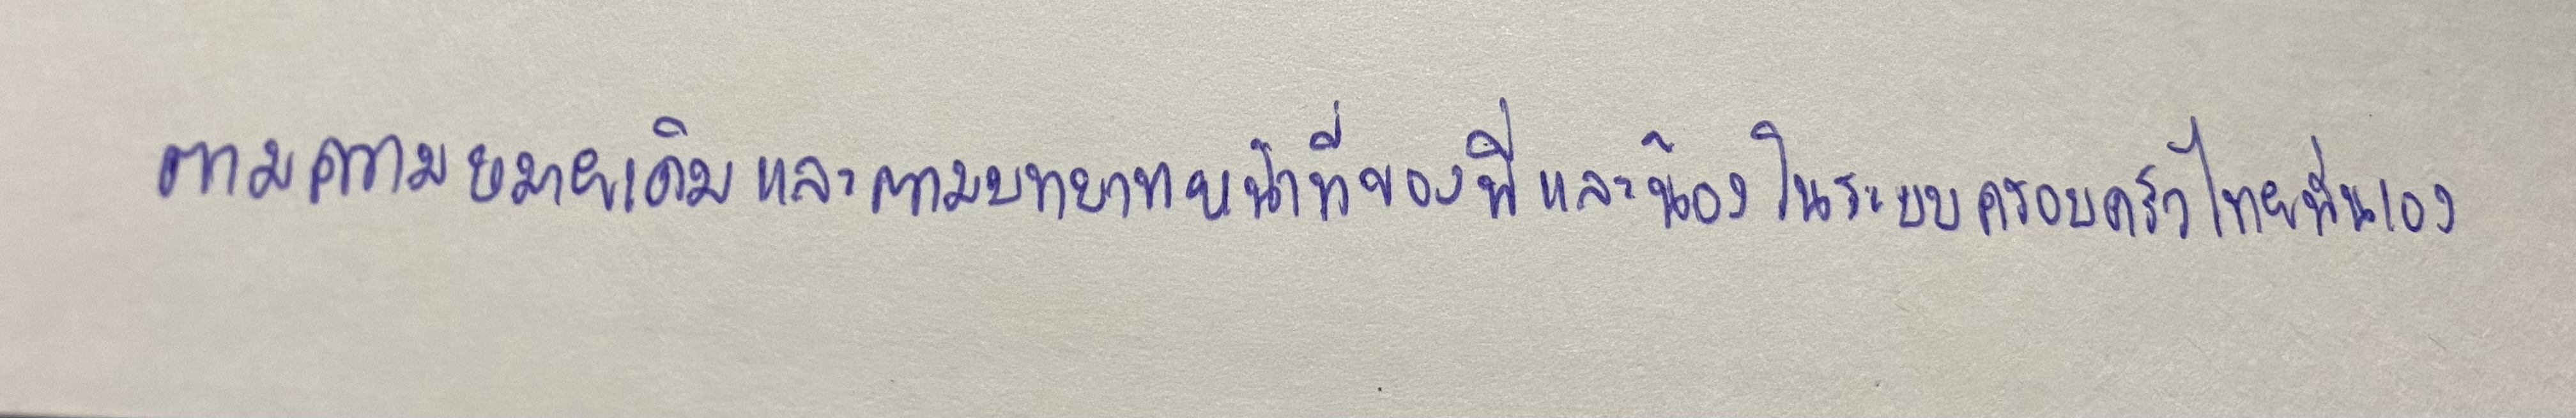
ตามความหมายเดิมและตามบทบาทหน้าที่ของพี่และน้องในระบบครอบครัวไทยนั่นเอง